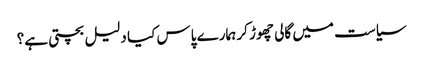
سیاست میں گالی چھوڑ کر ہمارے پاس کیا دلیل بچتی ہے؟